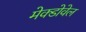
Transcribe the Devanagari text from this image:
मेक्डोवेल